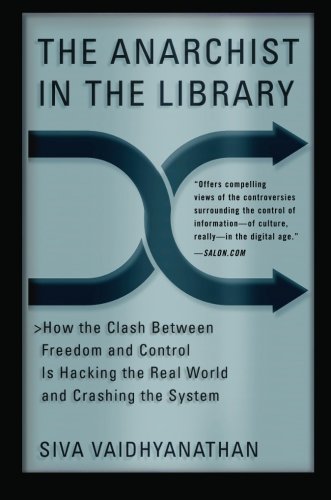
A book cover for The Anarchist in the Library: How the Clash Between Freedom and Control Is Hacking the Real World and Crashing the System; Siva Vaidhyanathan; Computers & Technology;